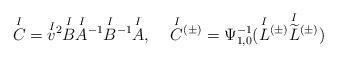
LaTeX: \begin{align*}\overset{I}{C} = \overset{I}{v}{^{2}}\overset{I}{B}\overset{I}{A}{^{-1}}\overset{I}{B}{^{-1}}\overset{I}{A}, \:\:\:\:\: \overset{I}{C}{^{(\pm)}} = \Psi_{1,0}^{-1}(\overset{I}{L}{^{(\pm)}}\overset{I}{\widetilde{L}}{^{(\pm)}})\end{align*}